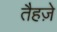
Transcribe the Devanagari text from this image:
तैहज़े